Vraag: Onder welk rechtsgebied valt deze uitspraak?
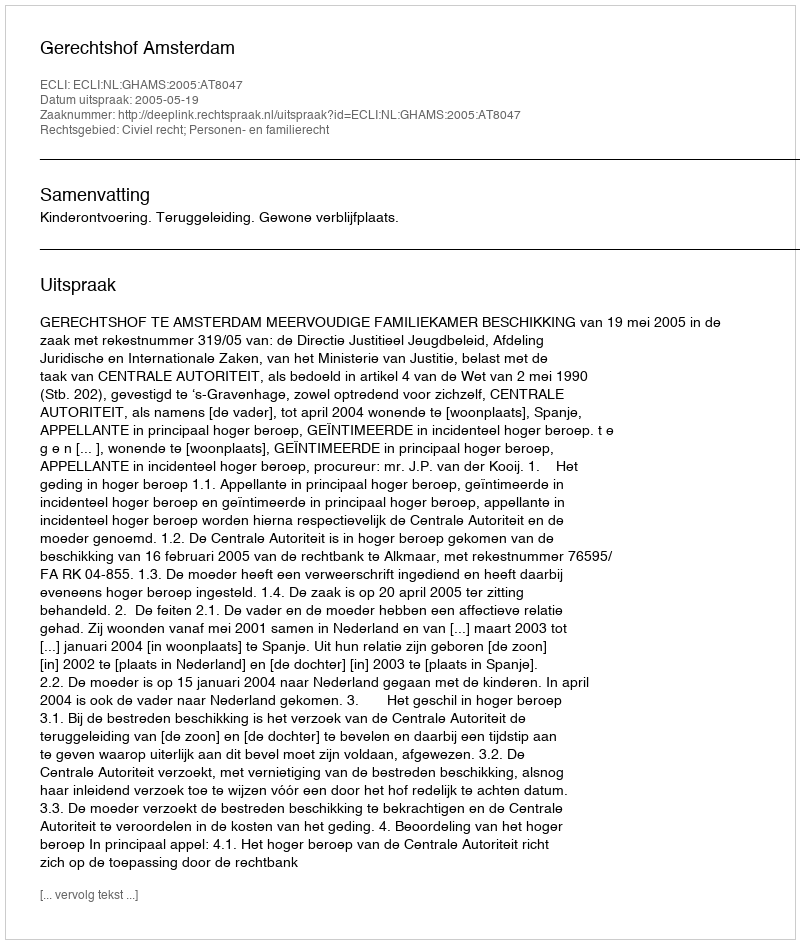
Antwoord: Civiel recht; Personen- en familierecht